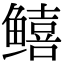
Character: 𬶮